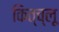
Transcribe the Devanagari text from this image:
कित्च्लू